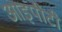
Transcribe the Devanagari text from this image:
आइपीटी